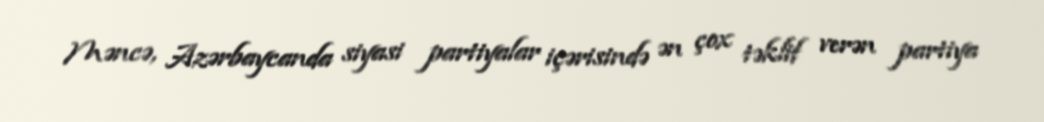
Məncə, Azərbaycanda siyasi partiyalar içərisində ən çox təklif verən partiya